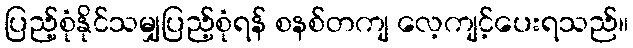
ပြည့်စုံနိုင်သမျှပြည့်စုံရန် စနစ်တကျ လေ့ကျင့်ပေးရသည်။